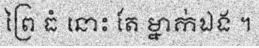
ព្រៃ ធំ នោះ តែ ម្នាក់ឯង ។